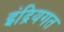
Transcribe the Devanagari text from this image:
इंद्रियगत